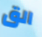
الق